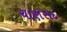
ચાણસદ